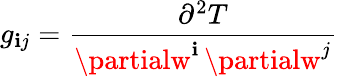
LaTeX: g_{\mathbf{i}j}={\frac{{\partial^{2}T}}{{\partialw^{\mathbf{i}}\, \partialw^{j}}}}